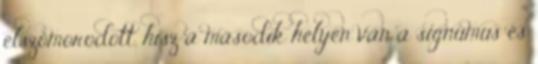
elszomorodott, hisz a második helyen van a signumus és